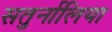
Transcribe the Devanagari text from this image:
सतुर्नालिया